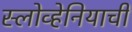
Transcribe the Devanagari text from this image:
स्लोव्हेनियाची